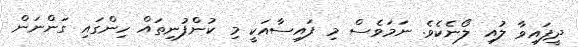
ދީފައިވާ ލުއި ލޯނެކެވެ. ނަމަވެސް މި ފައިސާއަކީ މި ކުންފުނިތައް ހިންގައި ގަންނަން